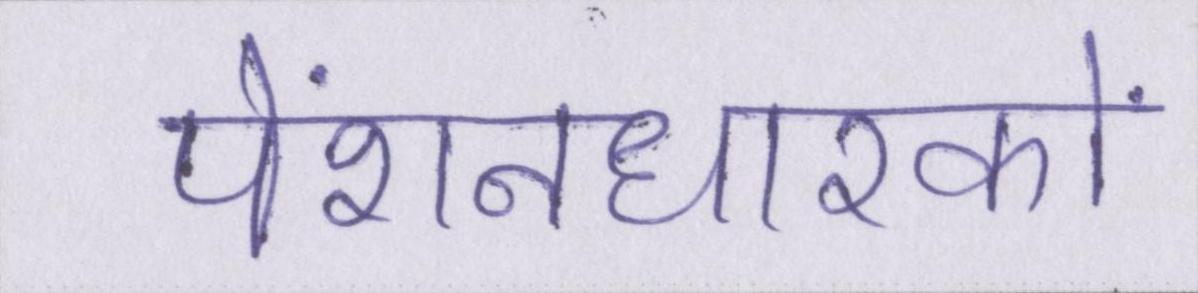
पेंशनधारकों